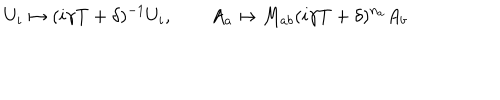
U _ { i } \mapsto ( i \gamma T + \delta ) ^ { - 1 } U _ { i } , \qquad A _ { a } \mapsto M _ { a b } ( i \gamma T + \delta ) ^ { n _ { a } } A _ { b }